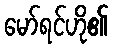
မော်ရင်ဟို၏